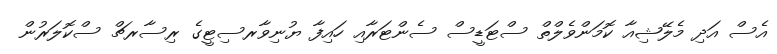
އެސް އަދި މެލޭޝިއާ ކޮމަންވެލްތް ސްޓަޑީސް ސެންޓަރާއި ހައިފާ ޔުނިވާރސިޓީގެ ރިސާރޗް ސްކޮލަރުން